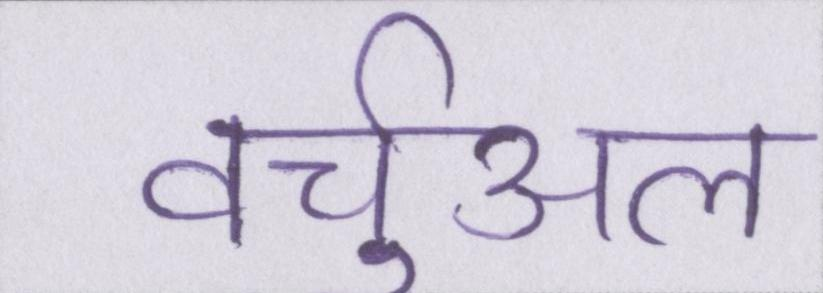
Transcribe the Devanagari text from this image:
वर्चुअल